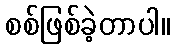
စစ်ဖြစ်ခဲ့တာပါ။